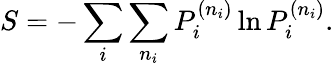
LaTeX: S=-\sum_{i}\sum_{n_{i}}P_{i}^{(n_{i})}\ln P_{i}^{(n_{i})}.